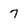
Character: 7